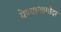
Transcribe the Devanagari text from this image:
येण्याआगोदर